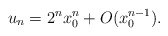
\begin{align*} u_n=2^nx_0^n+O(x_0^{n-1}).\end{align*}